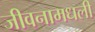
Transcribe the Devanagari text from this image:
जीवनामधली